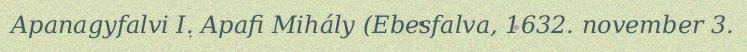
Apanagyfalvi I. Apafi Mihály (Ebesfalva, 1632. november 3.